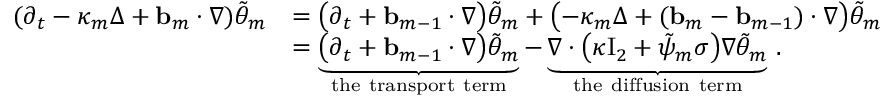
\begin{array} { r l } { ( \partial _ { t } - \kappa _ { m } \Delta + \ensuremath { \mathbf { b } } _ { m } \cdot \nabla ) \tilde { \theta } _ { m } } & { = \bigl ( \partial _ { t } + \ensuremath { \mathbf { b } } _ { m - 1 } \cdot \nabla \bigr ) \tilde { \theta } _ { m } + \bigl ( - \kappa _ { m } \Delta + ( \ensuremath { \mathbf { b } } _ { m } - \ensuremath { \mathbf { b } } _ { m - 1 } ) \cdot \nabla \bigr ) \tilde { \theta } _ { m } } \\ & { = \underbrace { \bigl ( \partial _ { t } + \ensuremath { \mathbf { b } } _ { m - 1 } \cdot \nabla \bigr ) \tilde { \theta } _ { m } } _ { \mathrm { t h e ~ t r a n s p o r t ~ t e r m } } - \underbrace { \nabla \cdot \bigl ( \kappa \ensuremath { \mathrm { I } _ { 2 } } + \tilde { \psi } _ { m } \sigma \bigr ) \nabla \tilde { \theta } _ { m } } _ { \mathrm { t h e ~ d i f f u s i o n ~ t e r m } } \, . } \end{array}